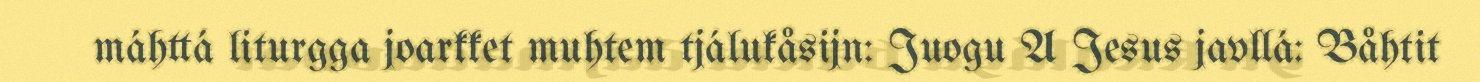
máhttá liturgga joarkket muhtem tjálukåsijn: Juogu A Jesus javllá: Båhtit